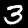
Label: 3